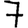
Digit: 7